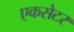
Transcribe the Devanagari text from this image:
एकसेटर